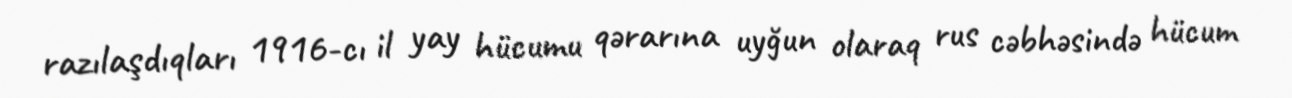
razılaşdıqları 1916-cı il yay hücumu qərarına uyğun olaraq rus cəbhəsində hücum